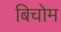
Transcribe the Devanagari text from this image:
बिचोम